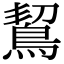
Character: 𪀡